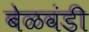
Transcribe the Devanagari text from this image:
बेळवंडी